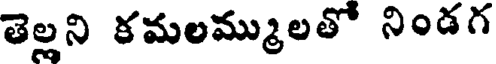
తెల్లని కమలమ్ములతో నిండగ